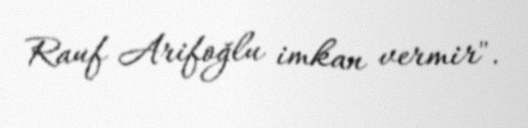
Rauf Arifoğlu imkan vermir".